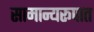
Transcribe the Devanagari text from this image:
सामान्यरूपात